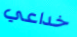
خداعي